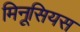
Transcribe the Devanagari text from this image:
मिनूसियस